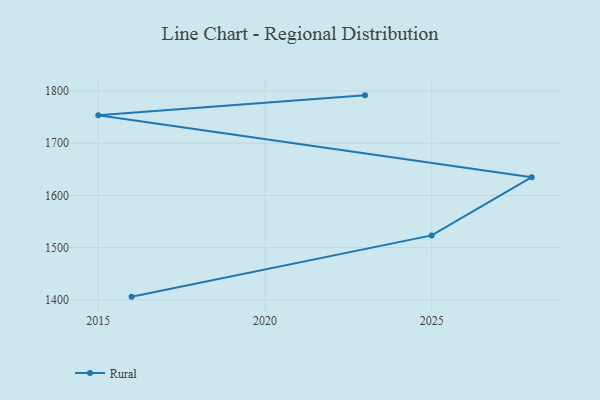
{"axis": {"x": "Year", "y": "Customer Acquisition Cost (USD)"}, "legend": ["Rural"], "data": [{"x": "2023", "y": 1791.6, "type": "Rural"}, {"x": "2015", "y": 1753.7, "type": "Rural"}, {"x": "2028", "y": 1634.9, "type": "Rural"}, {"x": "2025", "y": 1523.3, "type": "Rural"}, {"x": "2016", "y": 1406.0, "type": "Rural"}]}